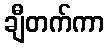
ချီတက်ကာ